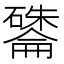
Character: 𪿽